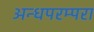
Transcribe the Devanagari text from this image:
अन्धपरम्परा